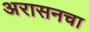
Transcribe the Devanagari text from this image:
अरासनचा